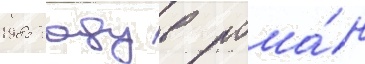
1985 году в рома́н